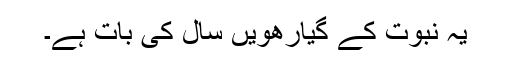
یہ نبوت کے گیارھویں سال کی بات ہے۔